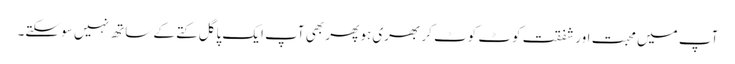
آپ میں محبت اور شفقت کوٹ کوٹ کر بھری ہو پھر بھی آپ ایک پاگل کتے کے ساتھ نہیں سو سکتے۔